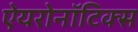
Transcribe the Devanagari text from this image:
ऐयरोनॉटिक्स